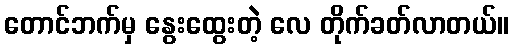
တောင်ဘက်မှ နွေးထွေးတဲ့ လေ တိုက်ခတ်လာတယ်။